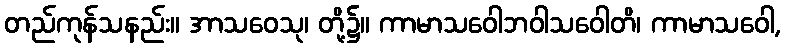
တည်ကုန်သနည်း။ အာသဝေသု၊ တို့၌။ ကာမာသဝေါဘဝါသဝေါတိ၊ ကာမာသဝေါ,